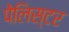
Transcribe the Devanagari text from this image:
पेलिस्टर